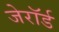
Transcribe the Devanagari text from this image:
जेरॉर्ड